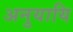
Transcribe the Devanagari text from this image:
अनुयायि